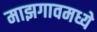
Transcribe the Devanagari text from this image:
माझगावमध्ये